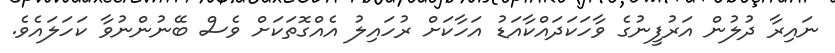
ނައިރާ ދުލުން އަރުފީނުގެ ވާހަކަދައްކާއަޑު އަހާކަށް ރުހައިލު އެއްގޮތަކަށް ވެސް ބޭނުންނުވާ ކަހަލައެވެ.